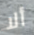
ألا